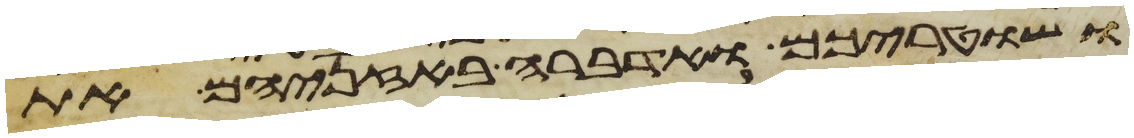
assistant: ושטריכם ואדברה באזניהם את